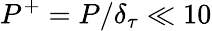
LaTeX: P^{+}=P/\delta_{\tau}\ll 10